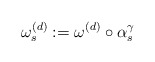
\begin{align*} \omega_s^{(d)}:=\omega^{(d)}\circ\alpha_s^\gamma\end{align*}